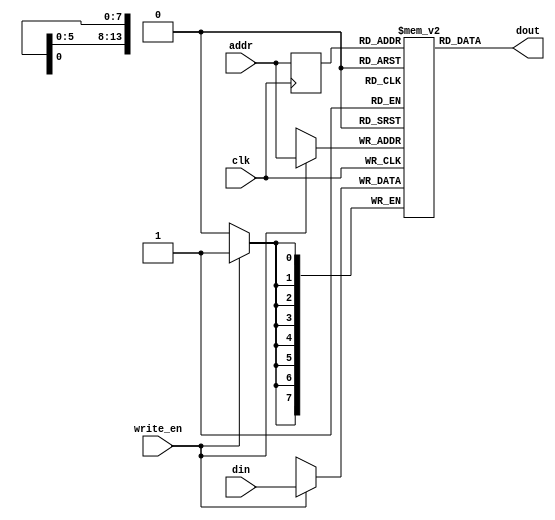
// This program was cloned from: https://github.com/PulseRain/Reindeer
// License: Apache License 2.0

/*
###############################################################################
# Copyright (c) 2018, PulseRain Technology LLC 
#
# Licensed under the Apache License, Version 2.0 (the "License");
# you may not use this file except in compliance with the License.
# You may obtain a copy of the License at
#
#     http://www.apache.org/licenses/LICENSE-2.0
#
# Unless required by applicable law or agreed to in writing, software
# distributed under the License is distributed on an "AS IS" BASIS,
# WITHOUT WARRANTIES OR CONDITIONS OF ANY KIND, either express or implied.
# See the License for the specific language governing permissions and
# limitations under the License.
#
###############################################################################
*/

`default_nettype none

module single_port_ram_8bit #(parameter ADDR_WIDTH = 14) (
            input  wire [ADDR_WIDTH - 1 : 0]         addr,
            input  wire [7 : 0]                      din,
            input  wire                              write_en, 
            input  wire                              clk,
            output wire [7 : 0]         dout
);
    
            reg [ADDR_WIDTH - 1 : 0] addr_reg;
            reg [7:0]   mem [0 : (2**ADDR_WIDTH) - 1] /* synthesis syn_ramstyle="lsram" */ ;

            assign dout = mem[addr_reg];

            always@(posedge clk) begin
                addr_reg <= addr;   
                
                if(write_en) begin
                    mem[addr] <= din;
                end
            end
    
endmodule 



`default_nettype wire